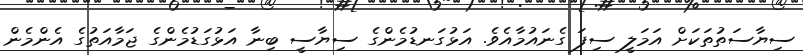
ސިޔާސަތުތަކަށް އަމަލީ ސިފަ ގެނައުމާއެވެ. އަޅުގަނޑުމެންގެ ސިޔާސީ ބިނާ އަޅުގަޑުމެންގެ ޖަމާއަތުގެ އެންމެން